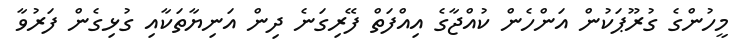
މީހުންގެ ގުރޫޕަކުން އަންހެން ކުއްޖާގެ އިއްފަތް ފޭރިގަނެ ދިން އަނިޔާތަކާއި ގުޅިގެން ފަރުވާ